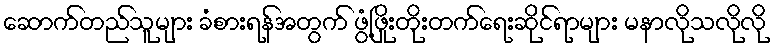
ဆောက်တည်သူများ ခံစားရန်အတွက် ဖွံ့ဖြိုးတိုးတက်ရေးဆိုင်ရာများ မနာလိုသလိုလို